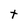
Character: t